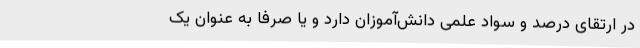
در ارتقای درصد و سواد علمی دانش‌آموزان دارد و یا صرفاً به عنوان یک